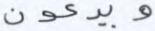
ويدعون